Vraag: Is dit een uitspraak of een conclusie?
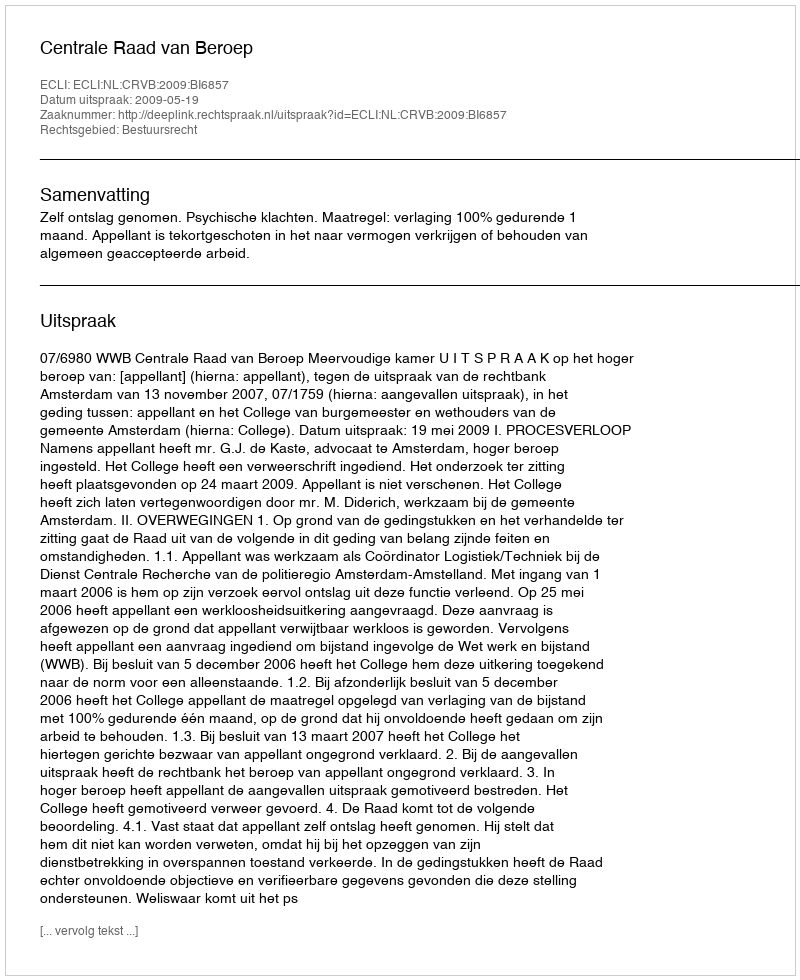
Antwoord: Uitspraak